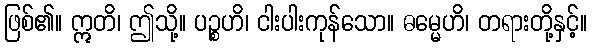
ဖြစ်၏။ ဣတိ၊ ဤသို့။ ပဉ္စဟိ၊ ငါးပါးကုန်သော။ ဓမ္မေဟိ၊ တရားတို့နှင့်။